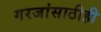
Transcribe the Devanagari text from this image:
गरजांसाठीही